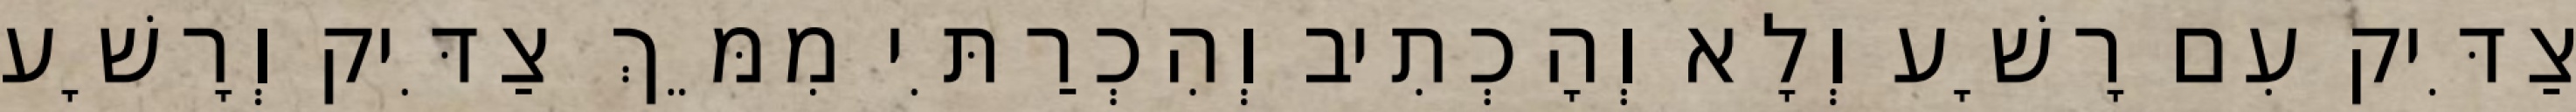
צַדִּיק עִם רָשָׁע וְלָא וְהָכְתִיב וְהִכְרַתִּי מִמֵּךְ צַדִּיק וְרָשָׁע